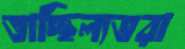
তাচ্ছিল্যভরা